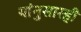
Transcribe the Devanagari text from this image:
यांनुसारही